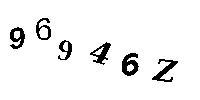
96946Z